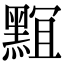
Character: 𪑎